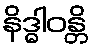
နိဒ္ဓါဝန္တိ